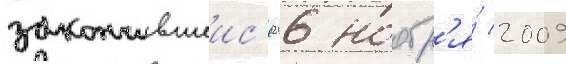
закончившеис'я 26 ноабр'я́ 2009